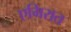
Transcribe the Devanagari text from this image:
एमिरात